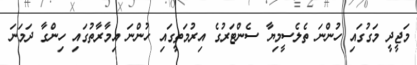
މަޖީދީ މަގުގައި ހުންނަ ތެލެސީމިޔާ ސެންޓަރުގެ އިރުމަތީގައި ހުންނަ އިމާރާތުގައި ހިންގާ ދަމަނަ